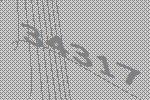
34317